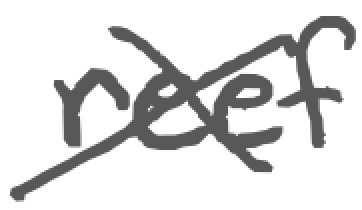
Text: reef
Cross-out: mix
Writing tool: digital_gray